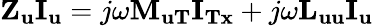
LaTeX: {{\mathbf{Z}}_{\mathbf{u}}}{{\mathbf{I}}_{\mathbf{u}}}=j\omega{\mathbf{M}}{}_{{\mathbf{uT}}}{{\mathbf{I}}_{{\mathbf{Tx}}}}+j\omega{{\mathbf{L}}_{{\mathbf{uu}}}}{{\mathbf{I}}_{\mathbf{u}}}